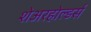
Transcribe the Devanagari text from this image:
शेअरहोल्डर्स